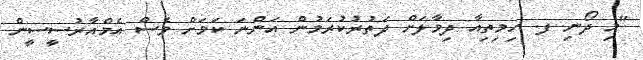
"މި ދޯނި ފ. ހިމިތިއާ ދިމާލަށް ދަތުރުކުރަމުން އަންނަ ކަމަށް ވެސް އެމްއާރުސީސީން